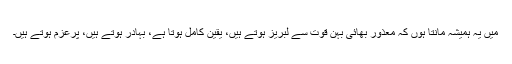
میں یہ ہمیشہ مانتا ہوں کہ معذور بھائی بہن قوت سے لبریز ہوتے ہیں، یقین کامل ہوتا ہے، بہادر ہوتے ہیں، پرعزم ہوتے ہیں۔